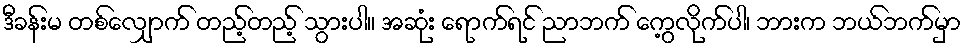
ဒီခန်းမ တစ်လျှောက် တည့်တည့် သွားပါ။ အဆုံး ရောက်ရင် ညာဘက် ကွေ့လိုက်ပါ၊ ဘားက ဘယ်ဘက်မှာ